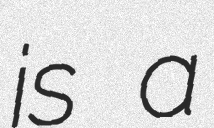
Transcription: is a